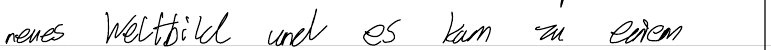
neues Weltbild und es kam zu einem